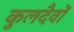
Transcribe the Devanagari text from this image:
कुलदैवों